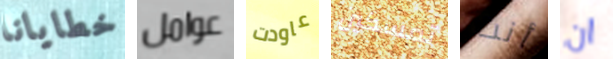
خطايانا عوامل عاودت تمسكين أنت ان